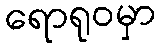
ရောရုဝမှာ